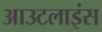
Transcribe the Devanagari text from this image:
आउटलाइंस